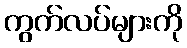
ကွက်လပ်များကို